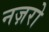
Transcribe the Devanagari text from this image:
नज़रो